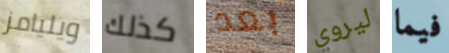
ويليامز كذلك بعد ليروي فيما